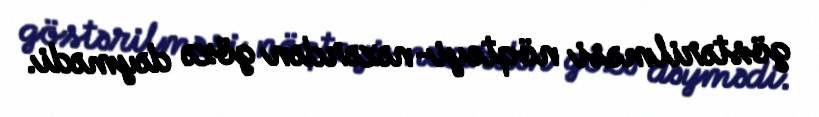
göstərilməsi nöqteyi-nəzərdən gözə dəymədi.